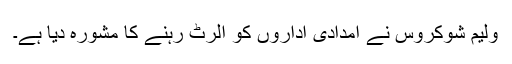
ولیم شوکروس نے امدادی اداروں کو الرٹ رہنے کا مشورہ دیا ہے۔